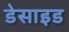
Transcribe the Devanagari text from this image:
डेसाइड